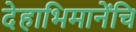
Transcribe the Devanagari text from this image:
देहाभिमानेंचि